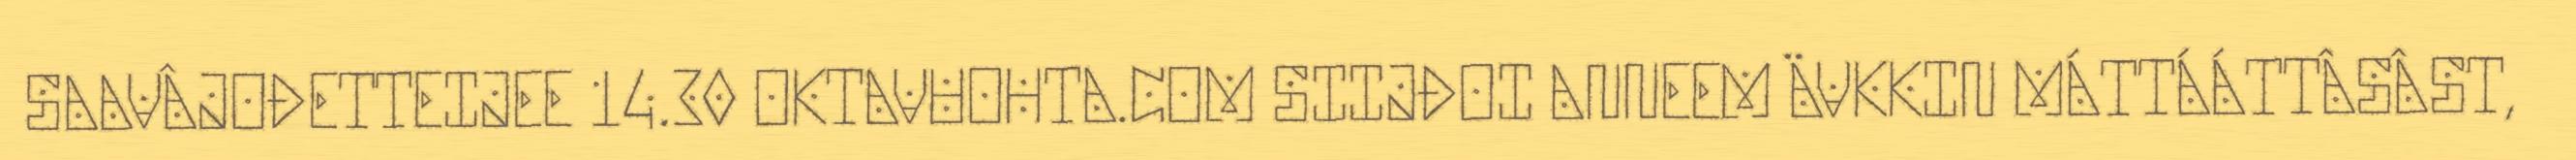
SAAVÂJOĐETTEIJEE 14.30 OKTAVUOHTA.COM SIIJĐOI ANNEEM ÄVKKIN MÁTTÁÁTTÂSÂST,